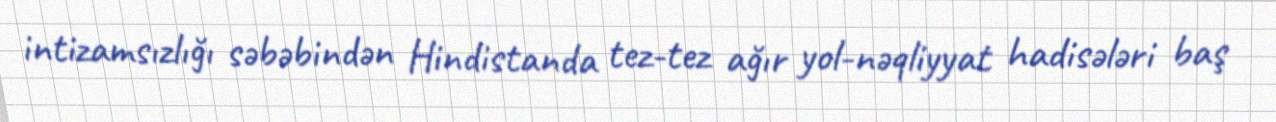
intizamsızlığı səbəbindən Hindistanda tez-tez ağır yol-nəqliyyat hadisələri baş